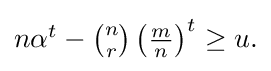
{\textstyle n\alpha ^{t}-{\binom {n}{r}}\left({\frac {m}{n}}\right)^{t}\geq u.}